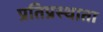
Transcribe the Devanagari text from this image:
प्रतिप्रस्थाता